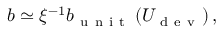
\boldsymbol { b } \simeq \xi ^ { - 1 } \boldsymbol { b } _ { \mathrm { ~ u ~ n ~ i ~ t ~ } } \left( U _ { \mathrm { ~ d ~ e ~ v ~ } } \right) ,